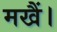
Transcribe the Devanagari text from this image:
मखैं।